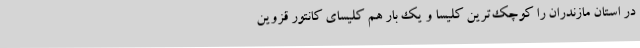
در استان مازندران را کوچک‌ترین کلیسا و یک بار هم کلیسای کانتور قزوین